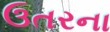
ઉતરના